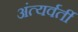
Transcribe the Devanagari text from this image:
अंत्यर्वर्ती